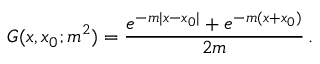
G ( x , x _ { 0 } ; m ^ { 2 } ) = \frac { e ^ { - m | x - x _ { 0 } | } + e ^ { - m ( x + x _ { 0 } ) } } { 2 m } \, .